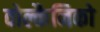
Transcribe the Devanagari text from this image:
वोल्कैनिको